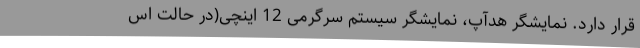
قرار دارد. نمایشگر هدآپ، نمایشگر سیستم سرگرمی 12 اینچی(در حالت اس